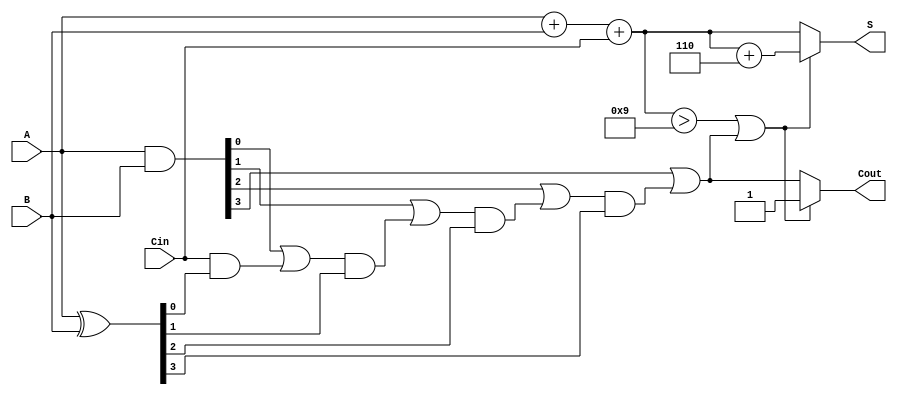
module BCD_Carry_Lookahead_Adder (
    input  [3:0] A,      // First BCD digit
    input  [3:0] B,      // Second BCD digit
    input        Cin,     // Carry input
    output [3:0] S,      // BCD sum output
    output       Cout     // Carry output
);

    wire [3:0] P;        // Propagate
    wire [3:0] G;        // Generate
    wire [3:0] C;        // Carry signals

    // Generate and Propagate signals
    assign P = A ^ B;    // Propagate
    assign G = A & B;    // Generate

    // Carry Lookahead Logic
    assign C[0] = G[0] | (Cin & P[0]);
    assign C[1] = G[1] | (C[0] & P[1]);
    assign C[2] = G[2] | (C[1] & P[2]);
    assign C[3] = G[3] | (C[2] & P[3]);

    // Initial sum calculation
    wire [3:0] initial_sum;
    assign initial_sum = A + B + Cin;

    // BCD Correction Logic
    wire correction_needed;
    assign correction_needed = (initial_sum > 9) || C[3];

    // Final BCD sum calculation
    assign S = correction_needed ? (initial_sum + 4'b0110) : initial_sum;
    assign Cout = correction_needed ? 1'b1 : C[3];

endmodule